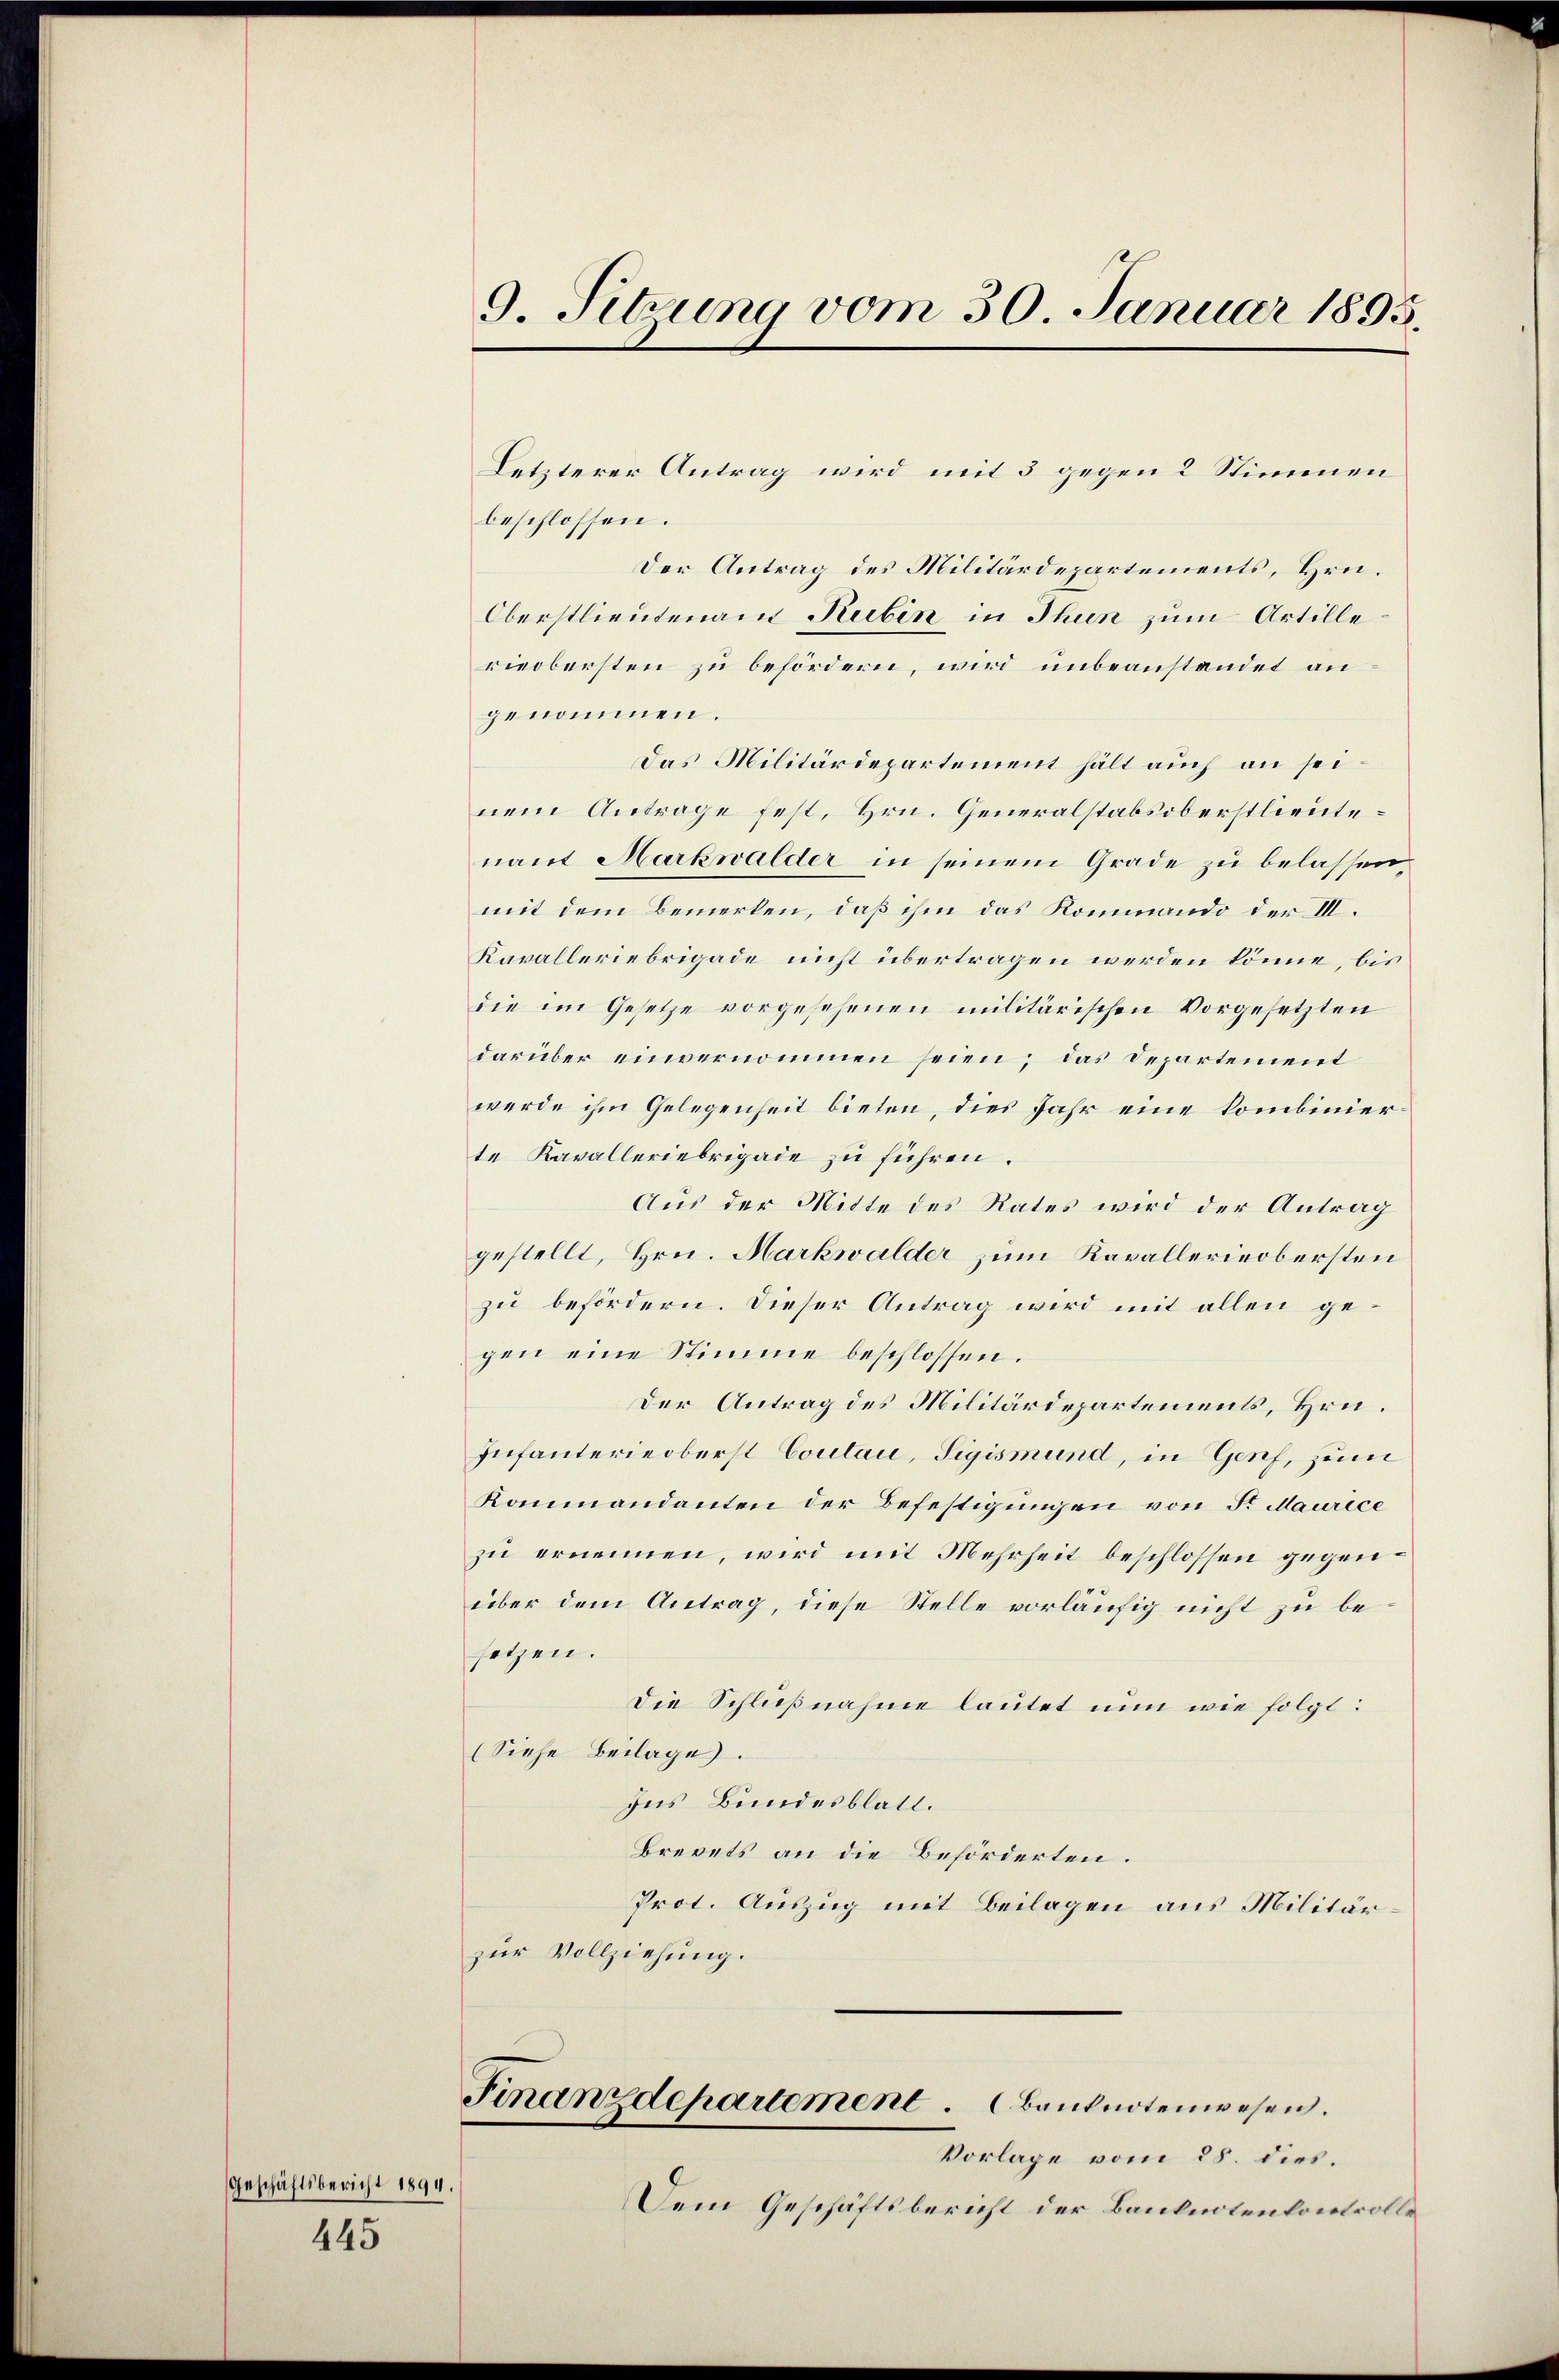
Geschäftsbericht 1894.

445

Letzterer Antrag wird mit 3 gegen 2 Stimmen
beschlossen.
Der Antrag des Militärdepartements, Hrn.
Oberstlieutenant Rubin in Thun zum Artille.
rieobersten zu befördern, wird unbeanstandet an
genommen.
Das Militärdepartement hält auch an seinem Antrage fest, Hrn. Generalstabsoberstlieutenant Markwalder in seinem Grade zu belassen,
mit dem Bemerken, daß ihm das Kommando der III.
Kavalleriebrigade nicht übertragen werden könne, bis
die im Gesetze vorgesehenen militärischen Vorgesetzten
darüber einvernommen seien; das Departement
werde ihm Gelegenheit bieten, dies Jahr eine kombinierte Kavalleriebrigade zu führen.
Aus der Mitte des Rates wird der Antrag
gestellt, Hrn. Markwalder zum Kavallerieobersten
zu befördern. Dieser Antrag wird mit allen gegen eine Stimme beschlossen.
Der Antrag des Militärdepartements, Hrn.
Infanterieoberst Coulau, Sigismund, in Genf, zum
Kommandanten der Befestigungen von Fr. Maurece
zu ernennen, wird mit Mehrheit beschlossen gegenüber dem Antrag, diese Stelle vorläufig nicht zu besetzen.
Die Schlußnahme lautet nun wie folgt:
(Siehe Beilage.
Ins Bundesblatt.
Brevets an die Beförderten.
Prot. Auszug mit Beilagen aus Militär.
zur Vollziehung.

9. Sitzung vom 30. Januar 1895.

Finanzdepartement. Banknotenwesen.

Vorlage vom 28. dies.
Dem Geschäftsbericht der Banknotenkontrolle